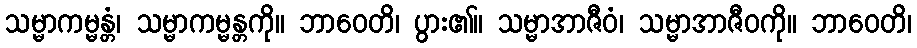
သမ္မာကမ္မန္တံ၊ သမ္မာကမ္မန္တကို။ ဘာဝေတိ၊ ပွား၏။ သမ္မာအာဇီဝံ၊ သမ္မာအာဇီဝကို။ ဘာဝေတိ၊